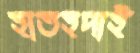
হাতহদাই